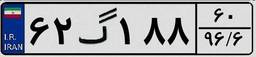
۰۹گ۴۲۱۶۷